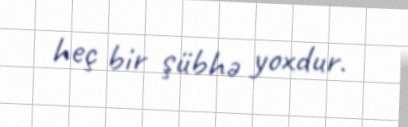
heç bir şübhə yoxdur.